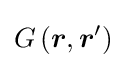
G\left({\boldsymbol {r}},{\boldsymbol {r}}'\right)